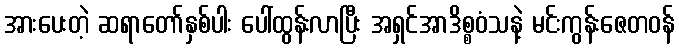
အားပေးတဲ့ ဆရာတော်နှစ်ပါး ပေါ်ထွန်းလာပြီး အရှင်အာဒိစ္စဝံသနဲ့ မင်းကွန်းဇေတဝန်